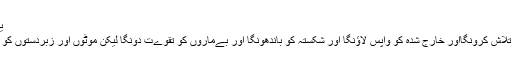
یرمیاہ 32: 27
میں گمشدہ کی تلاش کرونگااور خارج شدہ کو واپس لاﺅنگا اور شکستہ کو باندھونگا اور بےماروں کو تقوےت دونگا لیکن موٹوں اور زبردستوں کو ہلاک کرونگا ۔